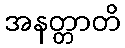
အနတ္တာတိ